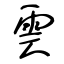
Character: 雲